Vital statistics of India. Vol. VI, European troops 1870-79
Year: 1870
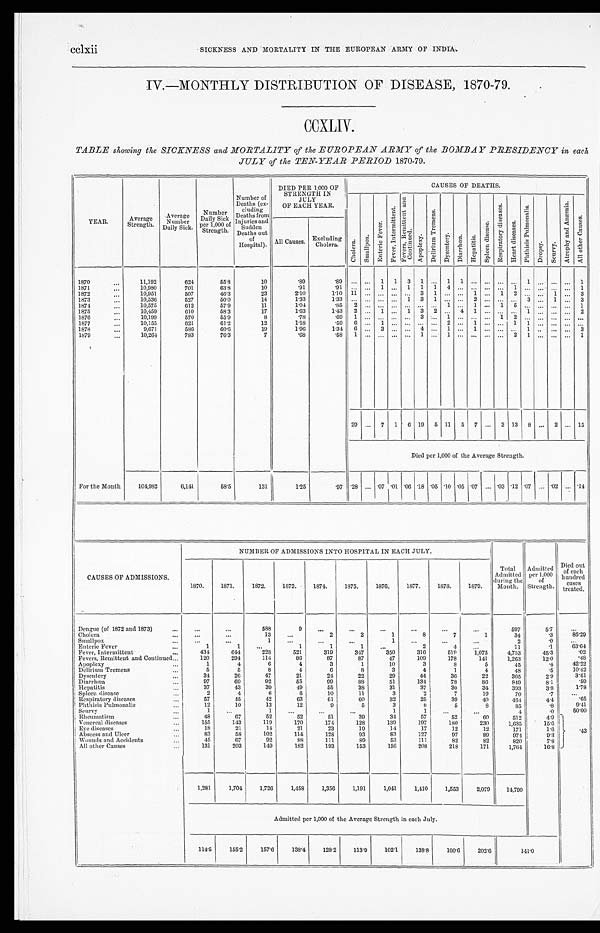
cclxii
SICKNESS AND MORTALITY IN THE EUROPEAN ARMY OF INDIA.
IV.—MONTHLY DISTRIBUTION OF DISEASE, 1870-79.
CCXLIV.
TABLE showing the SICKNESS and MORTALITY of the EUROPEAN ARMY of the BOMBAY PRESIDENCY in each
JULY of the TEN-YEAR PERIOD 1870-79.
YEAR.
Average
Strength.
Average
Number
Daily Sick.
Number
Daily Sick
per 1,000 of
Strength.
Number of
Deaths (ex-
cluding
Deaths from
Injuries and
Sudden
Deaths out
of
Hospital).
DIED PER 1,000 OF
STRENGTH IN
JULY
OF EACH YEAR.
CAUSES OF DEATHS.
Chol er a.
S m a l l p o x .
E n t e r i c F e v e r .
F e v e r , I n t e r m i t t e n t .
F e v e r s , R e m i t t e n t a n d C o n t i n u e d .
A p o p l e x y .
D e l i r i u m T r e m e n s .
D y s e n t e r .
Di a r r h œa .
He pa t i t i s . S p l e e n d i s e a s e .
R e s p i r a t o r y d i s e a s e s .
H e a r t d i s e a s e s .
P h t h i s i s P u l m o n a l i s .
Dr o p s y . Sc ur vy.
A t r o p h y a n d a n æ n i a .
A l l o t h e r C a u s e s .
All Causes. Excluding
Cholera.
1870..
11,192
624
55.8
10
.89
. 8 9
. . .
. . . 1
1 3
1
. . .
1
1
. . .
. . . . . .
. . .
1
. . .
. . .
. . .
1
1871
10,980
701
63.8
10
.91
.91
. . .
. . . 1
. . . 1
1
1
4
. . . . . .
. . . . . .
1
. . .
. . .
. . .
. . .
1
1872
10,951
507
46.3
23
2.10
1 . 1 0
1 1
. . . . . .
. . . . . .
3
1
. . .
. . . 1
. . . 1
2
. . .
. . .
1
. . .
3
1873
10,536
527
50.0
14
1.33
1 . 3 3
. . .
. . . . . .
. . . 1
3
1
. . .
. . . 2
. . . . . .
. . .
3
. . .
1
. . .
3
1874
10,575
612
57.9
11
1.04
.85
2
. . . . . .
. . . . . .
. . .
. . . 1
. . . 1 ...
1
5 . . .
. . .
. . .
. . . 1
1875
10,459
610
58.3
17
1.63
1.43
2
. . . 1 . . .
1
3
2
. . . 4
1
. . . . . .
. . .
1
. . .
. . .
. . . 2
1876
...
10,199
570
55.9
8
.78
. 6 9
1
. . . . . . . . .
. . .
3
. . .
1 . . .
. . .
. . . 1
2
. . .
. . .
. . .
. . .
. . .
1877
10,155
621
61.2
12
1.18
. 5 9
6
. . . 1 . . .
. . .
. . .
. . .
2 . . .
1
. . . . . .
1
1
. . .
. . .
. . .
. . .
1878
9,671
586
60.6
19
1.96
1 . 3 4
6
. . . 3 . . .
. . .
4
. . .
1 . . .
1
. . . . . .
. . .
1
. . .
. . .
. . .
3
1879
10,264
783
76.3
7
.68
. 5 8
1
. . . . . . . . .
. . .
1
. . .
1 . . .
. . .
. . . . . .
2
1
. . .
. . .
. . .
1
29 ... 7 1 6 19 5 11 5 7 ... 3 13 8 ... 2 ... 15
Died per 1,000 of the Average Strength.
For the Month
104,982
6,141
58.5
131
1.25
.97 .28
. . . .07 .01 .06 .18 .05
. 1 0 .05 .07
. . . .03 .12 .07 ... .02
. . . .14
CAUSES OF ADMISSIONS.
NUMBER OF ADMISSIONS INTO HOSPITAL IN EACH JULY.
Total
Admitted
during the
Month.
Admitted
per 1,000
of
Strength.
Died out
of each
hundred
cases
treated.
1870.
1871.
1872.
1873.
1874.
1875.
1876.
1877.
1878.
1879.
Dengue (of 1872 and 1873)
...
. . .
...
588
9
. . .
. . .
. . .
...
...
. . .
597
5.7
...
Cholera
...
...
13
. . .
2
2
1
8
7
1
34
.3
85.29
Smallpox
...
...
1
...
. . .
. . .
1
...
...
...
2
.0
...
Enteric Fever
...
1
1
...
1
1
1
...
2
4
. . .
11
.1
63.64
Fever, Intermittent
434
644
228
521
319
347
350
316
519
1,075
4,753
45.3
.02
Fevers, Remittent and Continued
120
294
114
86
87
87
47
109
178
141
1,263
12.0
.48
Apoplexy
...
1
4
6
4
3
1
10
3
8
5
45
.4
42.22
Delirium Tremens
5
5
8
4
6
8
3
4
1
4
48
.5
10.42
Dysentery
...
34
26
47
21
24
22
29
44
36
22
305
2.9
3.61
Diarrhœa
97
69
92
55
99
88
51
134
78
86
849
8.1
.59
Hepatitis
37
43
39
49
55
38
31
37
30
34
393
3.8
1.78
Spleen disease
2
4
6
6
10
1 1
3
2
7
19
70
. 7
...
Respiratory diseases
5 7
45
42
63
61
60
32
25
39
40
464
4.4
.65
Phthisis Pulmonalis
12
10
13
12
9
5
3
8
5
8
85
.8
9.41
Seurvy
1
. . .
1
...
. . .
. . .
1
1
...
...
4
.0
50.00
Rheumatism
48
67
52
52
51
39
34
57
52
60
512
4.9
.43
Venereal diseases
155
143
119
170
174
128
139
197
180
230
1,635
15.6
Eye diseases
1 8
25
14
21
23
19
14
17
12
12
171
1.6
Abscess and Ulcer
83
58
102
114
128
93
83
127
97
89
974
9.3
Wounds and Accidents
45
67
92
88
111
89
53
111
82
82
820
7.8
All other Causes
131
203
149
182
193
153
156
208
218
171
1,764
16.8
1,281
1,704
1,726
1,458
1,356
1,191
1,041
1,410
1,553
2,079
14,799
Admitted per 1,000 of the Average Strength in each July.
114.5
155.2
157.6
138.4
128.2
113.9
102.1
138.8
160.6
202.6
141.0